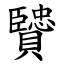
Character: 贒